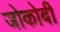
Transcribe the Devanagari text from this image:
जोकोबी